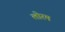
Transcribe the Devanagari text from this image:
लोरम